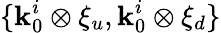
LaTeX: \{ \textbf{k}_{0}^{i}\otimes\xi_{u},\textbf{k}_{0}^{i}\otimes\xi_{d}\}